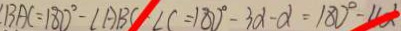
\angle B A C = 1 8 0 ^ { \circ } - \angle A B C - \angle C = 1 8 0 ^ { \circ } - 3 \alpha - \alpha = 1 8 0 ^ { \circ } - 4 a